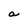
Character: a